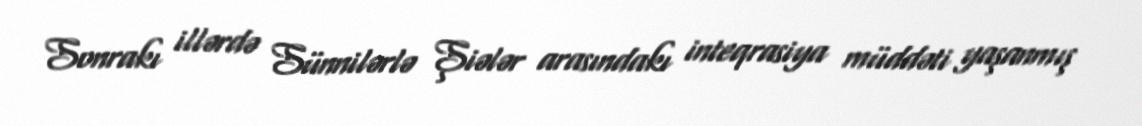
Sonrakı illərdə Sünnilərlə Şiələr arasındakı inteqrasiya müddəti yaşanmış